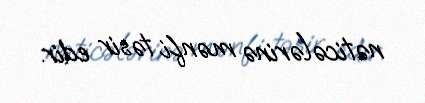
nəticələrinə mənfi təsir edir.